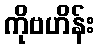
ကိုဗဟိန်း